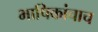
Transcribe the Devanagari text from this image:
भाषिकांचाच